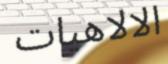
الالاھيات